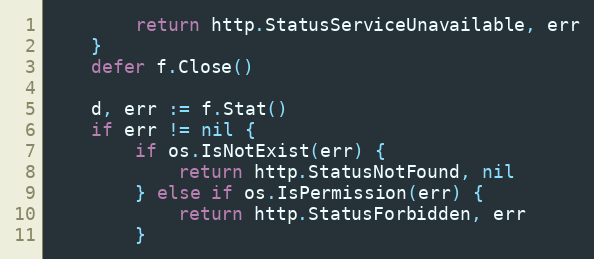
Language: Go
		return http.StatusServiceUnavailable, err
	}
	defer f.Close()

	d, err := f.Stat()
	if err != nil {
		if os.IsNotExist(err) {
			return http.StatusNotFound, nil
		} else if os.IsPermission(err) {
			return http.StatusForbidden, err
		}